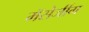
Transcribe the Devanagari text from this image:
मॅसेजींग